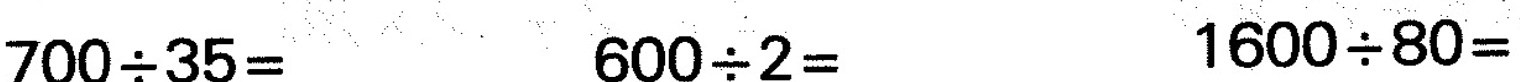
$$7 0 0 {\div} 3 5 =$$ $$6 0 0 {\div} 2 =$$ $$1 6 0 0 {\div} 8 0 =$$